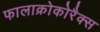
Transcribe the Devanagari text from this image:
फालाक्रोकोरैक्स